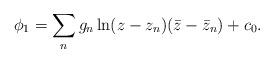
LaTeX: \begin{align*}\phi_1 = \sum_ng_n\ln(z-z_n)(\bar z-\bar z_n) +c_0.\end{align*}